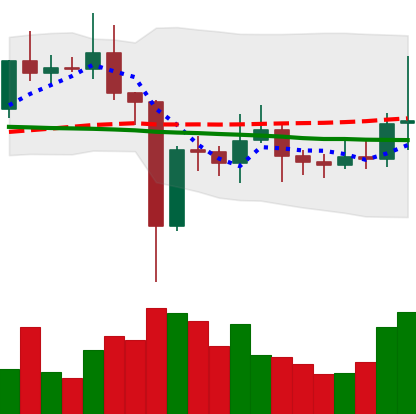
Ticker: EOS-USD
Chart end date: 2021-01-04
Forward return: 29.049%
Label: up_7plus